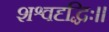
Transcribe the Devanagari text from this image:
शश्वदृद्धिः।।